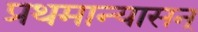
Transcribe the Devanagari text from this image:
प्रथमान्यासन्